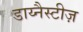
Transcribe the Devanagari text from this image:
डाय्नैस्टीज़